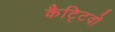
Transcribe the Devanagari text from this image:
कैट्टिवो